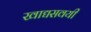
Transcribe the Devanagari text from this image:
खाद्यसवयी